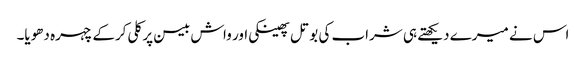
اس نے میرے دیکھتے ہی شراب کی بوتل پھینکی اور واش بیسن پر کلی کرکے چہرہ دھویا۔